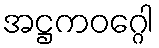
အဋ္ဌကဝဂ္ဂေါ